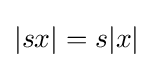
|sx|=s|x|